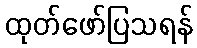
ထုတ်ဖော်ပြသရန်